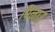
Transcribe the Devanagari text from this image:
पिनाउ